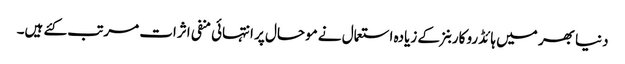
دنیا بھر میں ہائڈرو کاربنز کے زیادہ استعمال نے موحال پر انتہائی منفی اثرات مرتب کئے ہیں۔